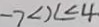
- 7 < x < 4